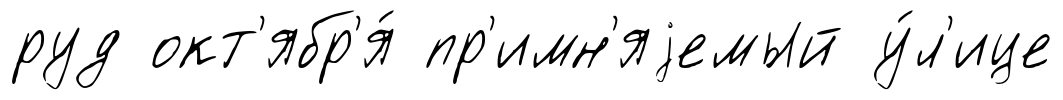
руд окт'ябр'я́ пр'имн'яjемый у́л'ице